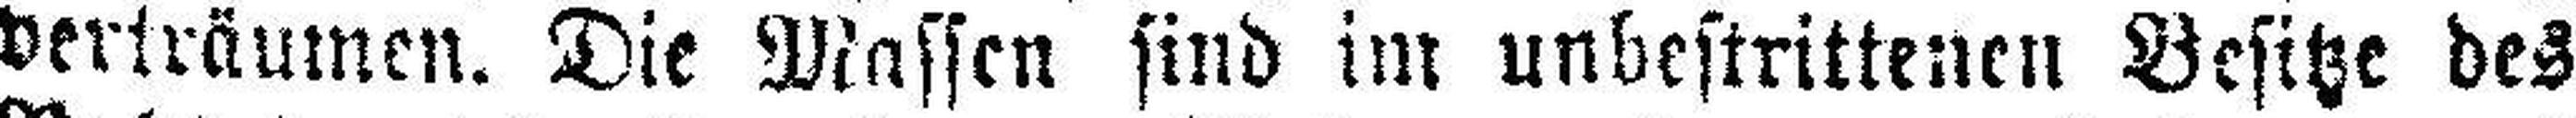
verträumen. Die Massen sind im unbestrittenen Besitze des